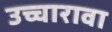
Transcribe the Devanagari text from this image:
उच्चारावा